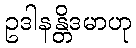
ဥဒါနန္တိဒမာဟု